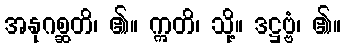
အနုဂစ္ဆတိ၊ ၏။ ဣတိ၊ သို့။ ဒဋ္ဌဗ္ဗံ၊ ၏။